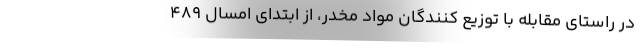
در راستای مقابله با توزیع کنندگان مواد مخدر، از ابتدای امسال ۴۸۹